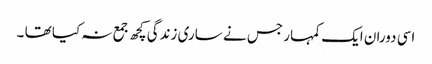
اسی دوران ایک کمہار جس نے ساری زندگی کچھ جمع نہ کیا تھا ۔